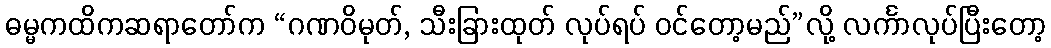
ဓမ္မကထိကဆရာတော်က “ဂဏဝိမုတ်, သီးခြားထုတ် လုပ်ရပ် ဝင်တော့မည်”လို့ လင်္ကာလုပ်ပြီးတော့